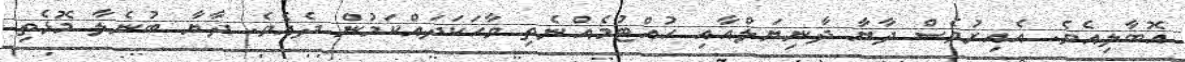
އޮބާލިއެވެ. އެއިރުވެސް ދާޔާ ދާނިޔަލްއާއި ހުއްޓުމެއްނެތި ވާހަކަދައްކަމުން ދެއެވެ. ދާޔާ ބުނެލާ މޮޅެތި